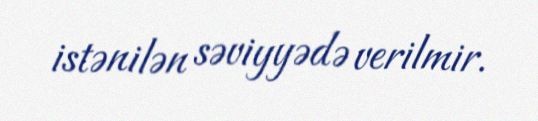
istənilən səviyyədə verilmir.